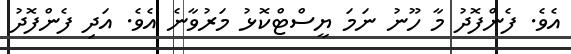
އެވެ. ފެންފޮދު މާ ހޫނު ނަމަ ޔީސްޓްކޮޅު މަރުވާނެ އެވެ. އަދި ފެންފޮދު